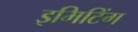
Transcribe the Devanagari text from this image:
इमिटिंग